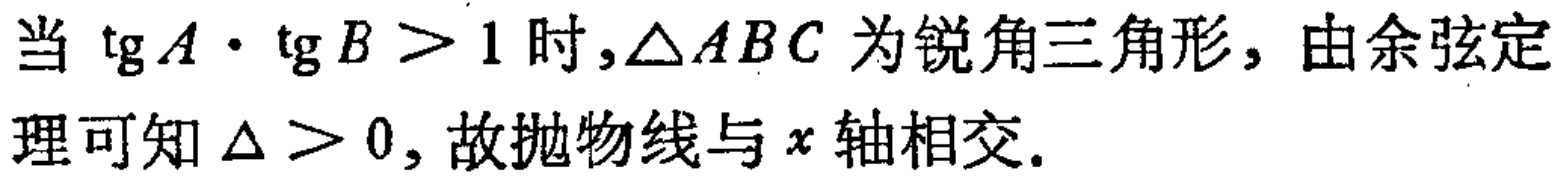
当\(\tan A\cdot\tan B > 1\)时,\(\triangle ABC\)为锐角三角形, 由余弦定理可知\(\Delta > 0\), 故抛物线与\(x\)轴相交.